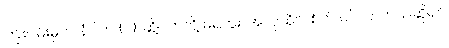
ကြိုးပမ်းမှုက နံပါတ် (၁)၊ ဆို့ပိတ်လို့ မရဘူး၊ အကုသိုလ်စိတ် ဝင်လာတယ်ဆိုရင်